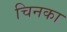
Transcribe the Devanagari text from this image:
चिनका